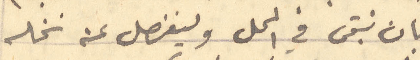
بان نبقى في المحل ولينفصل عنه نخله